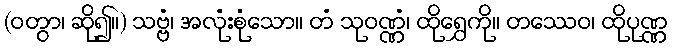
(ဝတွာ၊ ဆို၍။) သဗ္ဗံ၊ အလုံးစုံသော။ တံ သုဝဏ္ဏံ၊ ထိုရွှေကို။ တဿေဝ၊ ထိုပုဏ္ဏ